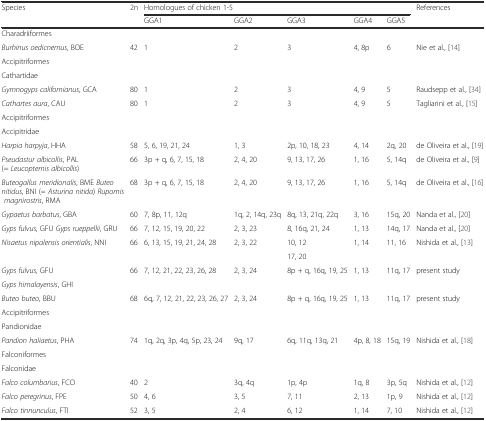
<table><thead><tr><td rowspan="2"><b>Species</b></td><td rowspan="2"><b>2n</b></td><td colspan="5"><b>Homologues of chicken 1-5</b></td><td rowspan="2"><b>References</b></td></tr><tr><td><b>GGA1</b></td><td><b>GGA2</b></td><td><b>GGA3</b></td><td><b>GGA4</b></td><td><b>GGA5</b></td></tr></thead><tbody><tr><td>Charadriiformes</td><td></td><td></td><td></td><td></td><td></td><td></td><td></td></tr><tr><td><i>Burhinus oedicnemus</i>, BOE</td><td>42</td><td>1</td><td>2</td><td>3</td><td>4, 8p</td><td>6</td><td>Nie et al., [14]</td></tr><tr><td>Accipitriformes</td><td></td><td></td><td></td><td></td><td></td><td></td><td></td></tr><tr><td>Cathartidae</td><td></td><td></td><td></td><td></td><td></td><td></td><td></td></tr><tr><td><i>Gymnogyps californianus</i>, GCA</td><td>80</td><td>1</td><td>2</td><td>3</td><td>4, 9</td><td>5</td><td>Raudsepp et al., [34]</td></tr><tr><td><i>Cathartes aura</i>, CAU</td><td>80</td><td>1</td><td>2</td><td>3</td><td>4, 9</td><td>5</td><td>Tagliarini et al., [15]</td></tr><tr><td>Accipitriformes</td><td></td><td></td><td></td><td></td><td></td><td></td><td></td></tr><tr><td>Accipitridae</td><td></td><td></td><td></td><td></td><td></td><td></td><td></td></tr><tr><td><i>Harpia harpyja</i>, HHA</td><td>58</td><td>5, 6, 19, 21, 24</td><td>1, 3</td><td>2p, 10, 18, 23</td><td>4, 14</td><td>2q, 20</td><td>de Oliveira et al., [19]</td></tr><tr><td><i>Pseudastur albicollis</i>, PAL (= <i>Leucopternis albicollis</i>)</td><td>66</td><td>3p + q, 6, 7, 15, 18</td><td>2, 4, 20</td><td>9, 13, 17, 26</td><td>1, 16</td><td>5, 14q</td><td>de Oliveira et al., [9]</td></tr><tr><td><i>Buteogallus meridionalis</i>, BME <i>Buteo nitidus</i>, BNI (= <i>Asturina nitida</i>) <i>Rupornis magnirostris</i>, RMA</td><td>68</td><td>3p + q, 6, 7, 15, 18</td><td>2, 4, 20</td><td>9, 13, 17, 26</td><td>1, 16</td><td>5, 14q</td><td>de Oliveira et al., [16]</td></tr><tr><td><i>Gypaetus barbatus</i>, GBA</td><td>60</td><td>7, 8p, 11, 12q</td><td>1q, 2, 14q, 23q</td><td>8q, 13, 21q, 22q</td><td>3, 16</td><td>15q, 20</td><td>Nanda et al., [20]</td></tr><tr><td><i>Gyps fulvus</i>, GFU <i>Gyps rueppellii</i>, GRU</td><td>66</td><td>7, 12, 15, 19, 20, 22</td><td>2, 3, 23</td><td>8, 16q, 21, 24</td><td>1, 13</td><td>14q, 17</td><td>Nanda et al., [20]</td></tr><tr><td rowspan="2"><i>Nisaetus nipalensis orientialis</i>, NNI</td><td rowspan="2">66</td><td rowspan="2">6, 13, 15, 19, 21, 24, 28</td><td rowspan="2">2, 3, 22</td><td>10, 12</td><td rowspan="2">1, 14</td><td rowspan="2">11, 16</td><td rowspan="2">Nishida et al., [13]</td></tr><tr><td>17, 20</td></tr><tr><td><i>Gyps fulvus</i>, GFU</td><td rowspan="2">66</td><td rowspan="2">7, 12, 21, 22, 23, 26, 28</td><td rowspan="2">2, 3, 24</td><td rowspan="2">8p + q, 16q, 19, 25</td><td rowspan="2">1, 13</td><td rowspan="2">11q, 17</td><td rowspan="2">present study</td></tr><tr><td><i>Gyps himalayensis</i>, GHI</td></tr><tr><td><i>Buteo buteo</i>, BBU</td><td>68</td><td>6q, 7, 12, 21, 22, 23, 26, 27</td><td>2, 3, 24</td><td>8p + q, 16q, 19, 25</td><td>1, 13</td><td>11q, 17</td><td>present study</td></tr><tr><td>Accipitriformes</td><td rowspan="2"></td><td rowspan="2"></td><td rowspan="2"></td><td rowspan="2"></td><td rowspan="2"></td><td rowspan="2"></td><td rowspan="2"></td></tr><tr><td>Pandionidae</td></tr><tr><td><i>Pandion haliaetus</i>, PHA</td><td>74</td><td>1q, 2q, 3p, 4q, 5p, 23, 24</td><td>9q, 17</td><td>6q, 11q, 13q, 21</td><td>4p, 8, 18</td><td>15q, 19</td><td>Nishida et al., [18]</td></tr><tr><td>Falconiformes</td><td rowspan="2"></td><td rowspan="2"></td><td rowspan="2"></td><td rowspan="2"></td><td rowspan="2"></td><td rowspan="2"></td><td rowspan="2"></td></tr><tr><td>Falconidae</td></tr><tr><td><i>Falco columbarius</i>, FCO</td><td>40</td><td>2</td><td>3q, 4q</td><td>1p, 4p</td><td>1q, 8</td><td>3p, 5q</td><td>Nishida et al., [12]</td></tr><tr><td><i>Falco peregrinus</i>, FPE</td><td>50</td><td>4, 6</td><td>3, 5</td><td>7, 11</td><td>2, 13</td><td>1p, 9</td><td>Nishida et al., [12]</td></tr><tr><td><i>Falco tinnunculus</i>, FTI</td><td>52</td><td>3, 5</td><td>2, 4</td><td>6, 12</td><td>1, 14</td><td>7, 10</td><td>Nishida et al., [12]</td></tr></tbody></table>